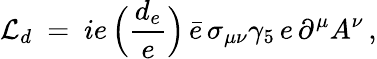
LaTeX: {\cal L}_{d}\ =\ ie\, \Big(\frac{d_{e}}{e}\Big)\, \bar{e}\, \sigma_{\mu\nu}\gamma_{5}\, e\, \partial^{\mu}A^{\nu}\, ,